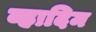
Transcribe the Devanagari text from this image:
व्हादिम